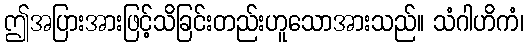
ဤအပြားအားဖြင့်သိခြင်းတည်းဟူသောအားသည်။ သံဂါဟိကံ၊